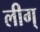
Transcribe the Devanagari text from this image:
लीग्